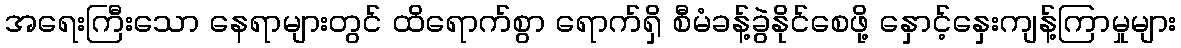
အရေးကြီးသော နေရာများတွင် ထိရောက်စွာ ရောက်ရှိ စီမံခန့်ခွဲနိုင်စေဖို့ နှောင့်နှေးကျန့်ကြာမှုများ